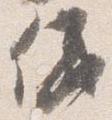
儀